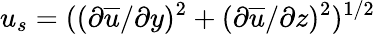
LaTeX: u_{s}=((\partial\overline{{u}}/\partial y)^{2}+(\partial\overline{{u}}/\partial z)^{2})^{1/2}